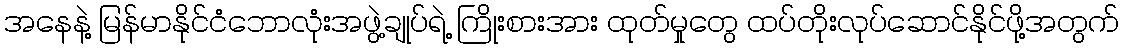
အနေနဲ့ မြန်မာနိုင်ငံဘောလုံးအဖွဲ့ချုပ်ရဲ့ ကြိုးစားအား ထုတ်မှုတွေ ထပ်တိုးလုပ်ဆောင်နိုင်ဖို့အတွက်